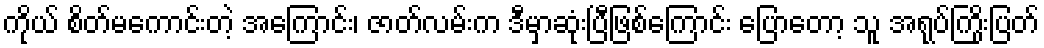
ကိုယ် စိတ်မကောင်းတဲ့ အကြောင်း၊ ဇာတ်လမ်းက ဒီမှာဆုံးပြီဖြစ်ကြောင်း ပြောတော့ သူ အရုပ်ကြိုးပြတ်